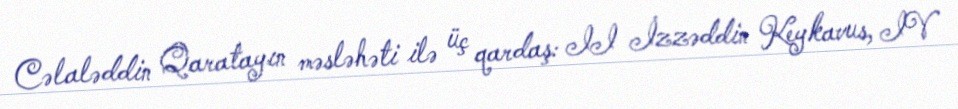
Cəlaləddin Qaratayın məsləhəti ilə üç qardaş: II İzzəddin Keykavus, IV